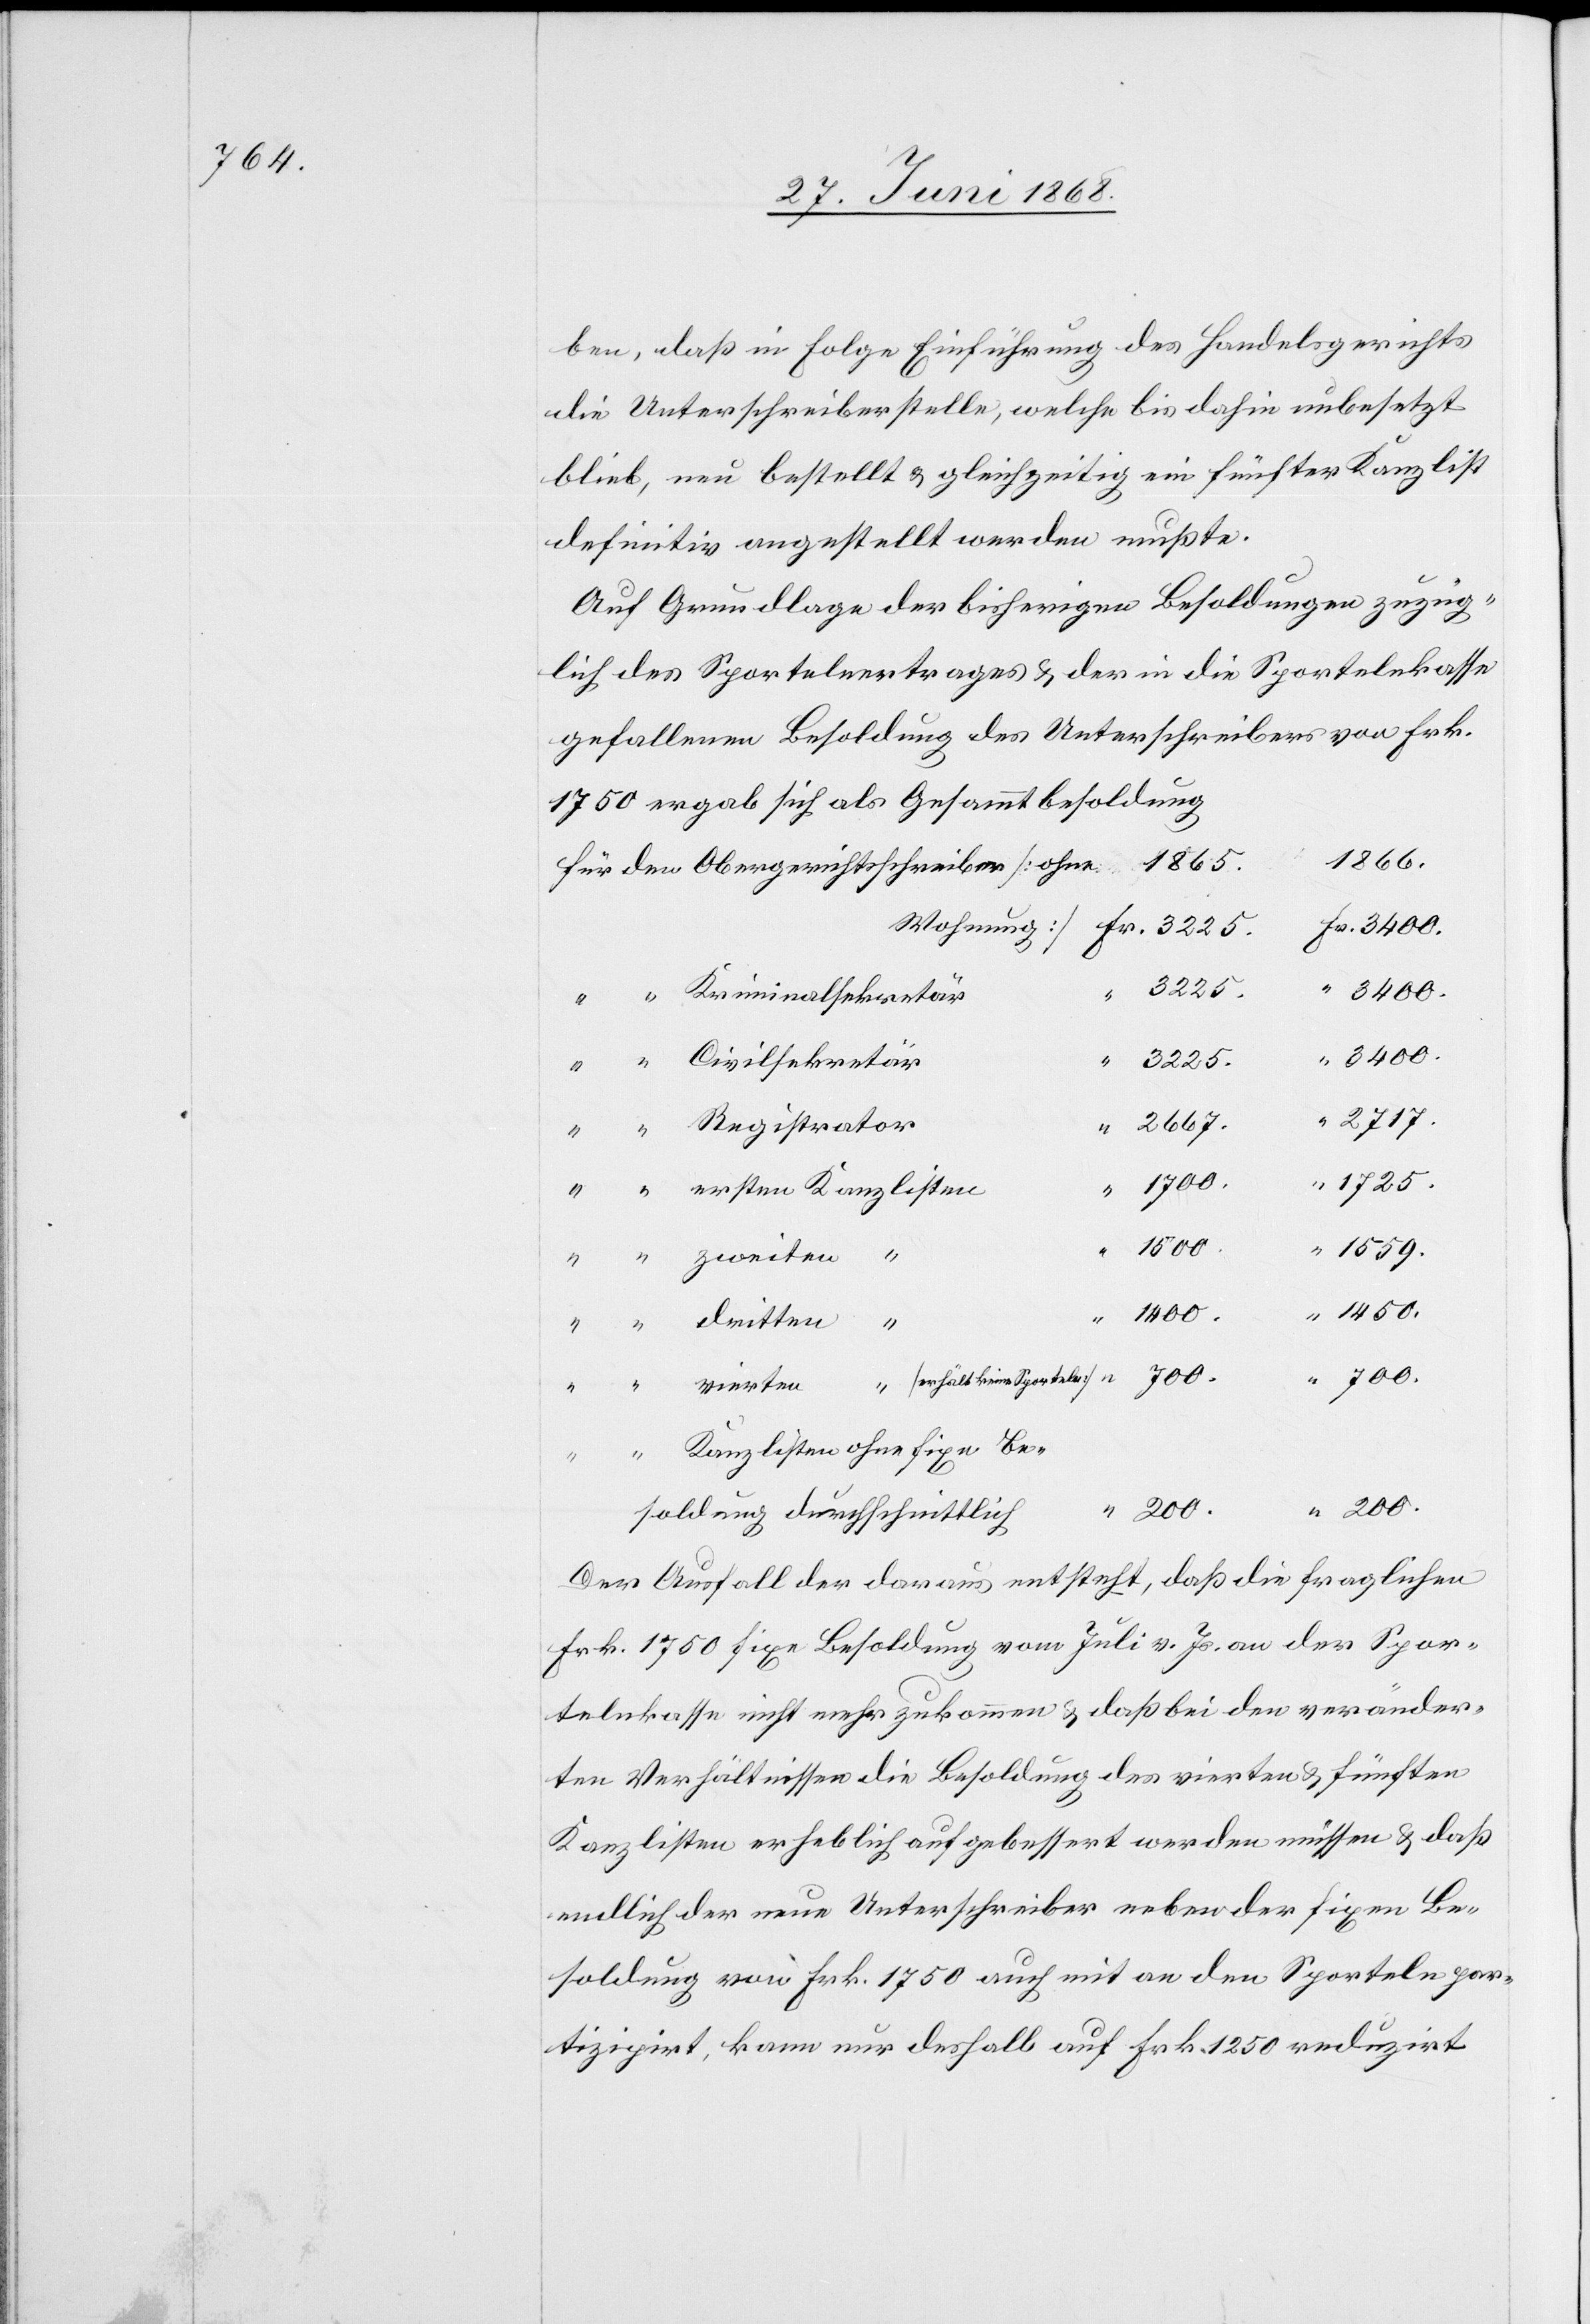
ben, daß in Folge Einführung des Handelsgerichts
die Unterschreiberstelle, welche bis dahin unbesetzt
blieb, neu bestellt & gleichzeitig ein fünfter Kanzlist
definitiv angestellt werden mußte.
Auf Grundlage der bisherigen Besoldungen zuzüg¬
lich des Sportelnertrages & der in die Sportelnkasse
gefallenen Besoldung des Unterschreibers von Frk.
1750 ergab sich als Gesammtbesoldung
1866.
für den Obergerichtsschreiber [ohne
Fr. 3400.
“ 3225.
3400.
“ “ Kriminalsekretär
“ “ Civilsekretär
“ 2717.
“ 2667.
“ “ Registrator
“ 1725.
“ “ ersten Kanzlisten
700.
“ 1559.
“ “ zweiten “
“ 1450.
dritten “
Kanzlisten ohne fixe Be¬
200.
“ 200.
soldung durchschnittlich
Der Ausfall der daraus entsteht, daß die fraglichen
Frk. 1750 fixe Besoldung vom Juli v. Js. an der Spor¬
telnkasse nicht mehr zukommen & daß bei den veränder¬
ten Verhältnissen die Besoldung des vierten & fünften
Kanzlisten erheblich aufgebessert werden müssen & daß
endlich der neue Unterschreiber neben der fixen Be¬
soldung von Frk. 1750 auch mit an den Sporteln par¬
tizipirt, kann nur deshalb auf Frk. 1250 reduzirt